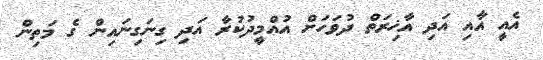
އެއީ އާއި އަދި އާޚިރަތް ދުވަހަށް އުއްމީދުކުރާ އަދި ގިނަގިނައިން ގެ މަތިން